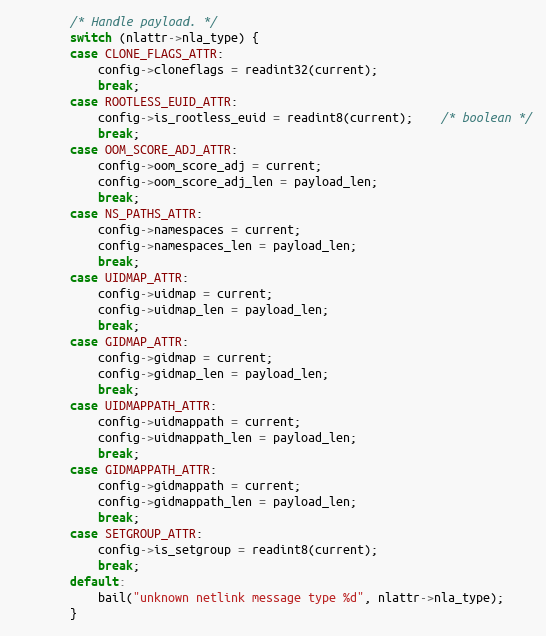
Language: C
		/* Handle payload. */
		switch (nlattr->nla_type) {
		case CLONE_FLAGS_ATTR:
			config->cloneflags = readint32(current);
			break;
		case ROOTLESS_EUID_ATTR:
			config->is_rootless_euid = readint8(current);	/* boolean */
			break;
		case OOM_SCORE_ADJ_ATTR:
			config->oom_score_adj = current;
			config->oom_score_adj_len = payload_len;
			break;
		case NS_PATHS_ATTR:
			config->namespaces = current;
			config->namespaces_len = payload_len;
			break;
		case UIDMAP_ATTR:
			config->uidmap = current;
			config->uidmap_len = payload_len;
			break;
		case GIDMAP_ATTR:
			config->gidmap = current;
			config->gidmap_len = payload_len;
			break;
		case UIDMAPPATH_ATTR:
			config->uidmappath = current;
			config->uidmappath_len = payload_len;
			break;
		case GIDMAPPATH_ATTR:
			config->gidmappath = current;
			config->gidmappath_len = payload_len;
			break;
		case SETGROUP_ATTR:
			config->is_setgroup = readint8(current);
			break;
		default:
			bail("unknown netlink message type %d", nlattr->nla_type);
		}